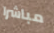
مباشرا